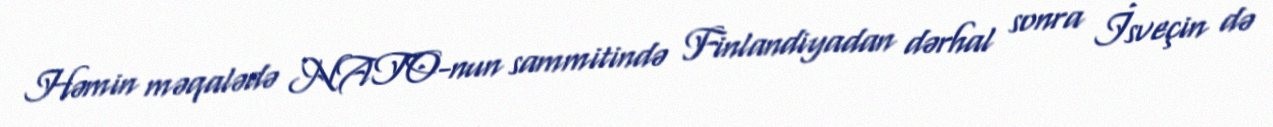
Həmin məqalədə NATO-nun sammitində Finlandiyadan dərhal sonra İsveçin də